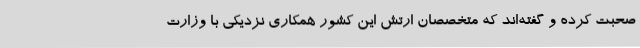
صحبت کرده و گفته‌اند که متخصصان ارتش این کشور همکاری نزدیکی با وزارت